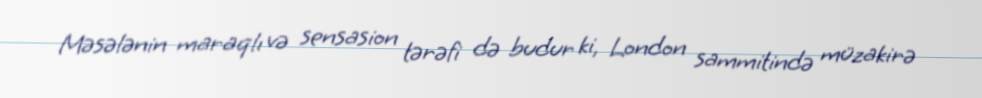
Məsələnin maraqlı və sensasion tərəfi də budur ki, London sammitində müzakirə